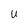
Character: u